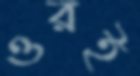
ওরই